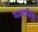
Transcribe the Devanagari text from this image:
वाल्टजिंग